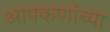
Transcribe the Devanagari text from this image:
आपकणांच्या